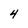
Character: 4